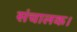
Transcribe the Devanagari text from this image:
संचालक।